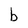
Character: b